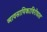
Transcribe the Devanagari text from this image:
व्यावसायिकाविरोधात